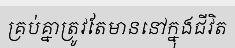
គ្រប់គ្នាត្រូវតែមាននៅក្នុងជីវិត